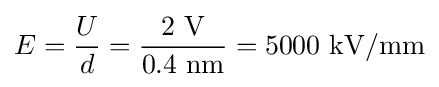
E={\frac {U}{d}}={\frac {2\ {\text{V}}}{0.4\ {\text{nm}}}}=5000\ {\text{kV/mm}}